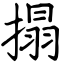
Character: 搨